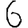
Digit: 6